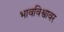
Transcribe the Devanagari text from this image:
भावविश्वावर